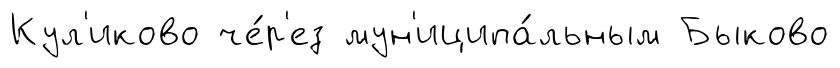
Кул'иково че́р'ез мун'иципа́льным Быково